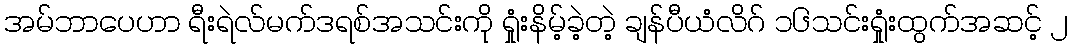
အမ်ဘာပေဟာ ရီးရဲလ်မက်ဒရစ်အသင်းကို ရှုံးနိမ့်ခဲ့တဲ့ ချန်ပီယံလိဂ် ၁၆သင်းရှုံးထွက်အဆင့် ၂